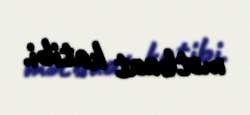
mətbuat katibi.